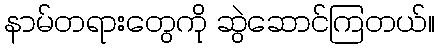
နာမ်တရားတွေကို ဆွဲဆောင်ကြတယ်။